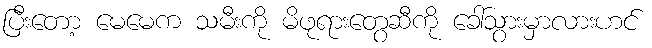
ပြီးတော့ မေမေက သမီးကို မိဖုရားတွေဆီကို ခေါ်သွားမှာလားဟင်